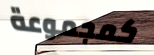
كمجموعة